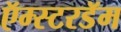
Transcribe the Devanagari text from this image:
ऍम्स्टरडॅम